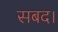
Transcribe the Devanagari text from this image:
सबद।